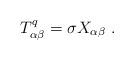
LaTeX: \begin{align*}T^q_{\alpha \beta} = \sigma X_{\alpha \beta}\ . \end{align*}